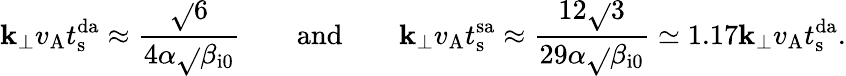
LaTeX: \mathbf{k}_{\perp}v_{\mathrm{{A}}}t_{\mathrm{{s}}}^{\mathrm{{da}}}\approx\frac{{\sqrt{}{{6}}}}{{4\alpha\sqrt{}{{\beta_{\mathrm{{i0}}}}}}}\qquad\mathrm{{and}}\qquad\mathbf{k}_{\perp}v_{\mathrm{{A}}}t_{\mathrm{{s}}}^{\mathrm{{sa}}}\approx\frac{{12\sqrt{}{{3}}}}{{29\alpha\sqrt{}{{\beta_{\mathrm{{i0}}}}}}}\simeq1.17\mathbf{k}_{\perp}v_{\mathrm{{A}}}t_{\mathrm{{s}}}^{\mathrm{{da}}}.